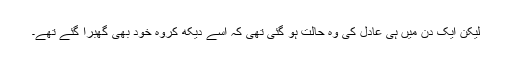
لیکن ایک دِن میں ہی عادل کی وہ حالت ہو گئی تھی کہ اُسے دیکھ کروہ خود بھی گھبرا گئے تھے۔